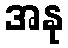
အနု